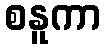
စနူကာ